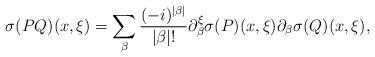
LaTeX: \begin{align*}\sigma (PQ)(x,\xi )=\sum \limits _{\beta}\frac{(-i)^{|\beta |}}{|\beta |!}\partial ^{\xi}_{\beta }\sigma (P)(x,\xi )\partial _{\beta }\sigma (Q)(x,\xi ),\end{align*}